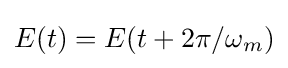
E(t)=E(t+2\pi /\omega _{m})